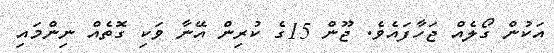
އަކުން ގޯލެއް ޖަހާފައެވެ. ޖޫން 15ގެ ކުރިން އޭނާ ވަކި ގޮތެއް ނިންމައި